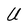
Character: U